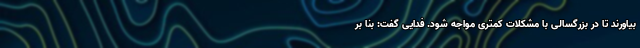
بیاورند تا در بزرگسالی با مشکلات کمتری مواجه شود. فدایی گفت: بنا بر